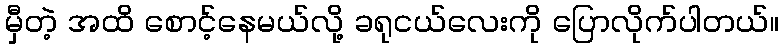
မှီတဲ့ အထိ စောင့်နေမယ်လို့ ခရုငယ်လေးကို ပြောလိုက်ပါတယ်။